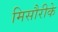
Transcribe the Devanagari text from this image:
मिसौरीके